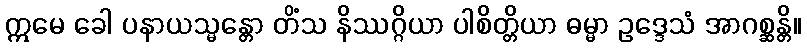
ဣမေ ခေါ ပနာယသ္မန္တော တိံသ နိဿဂ္ဂိယာ ပါစိတ္တိယာ ဓမ္မာ ဥဒ္ဒေသံ အာဂစ္ဆန္တိ။